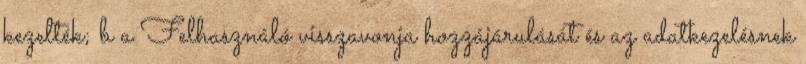
kezelték; b a Felhasználó visszavonja hozzájárulását és az adatkezelésnek